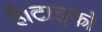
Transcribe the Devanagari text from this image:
है।टाइको